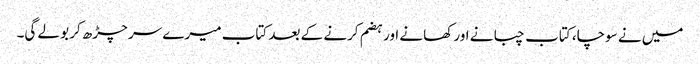
میں نے سوچا، کتاب چبانے اور کھانے اور ہضم کرنے کے بعد کتاب میرے سر چڑھ کر بولے گی۔